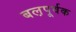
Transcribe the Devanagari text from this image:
बल़पूर्वक